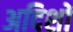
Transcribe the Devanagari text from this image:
अदिशों